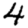
Digit: 4